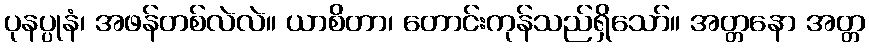
ပုနပ္ပုနံ၊ အဖန်တစ်လဲလဲ။ ယာစိတာ၊ တောင်းကုန်သည်ရှိသော်။ အတ္တနော အတ္တ